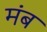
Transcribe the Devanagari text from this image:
मंब